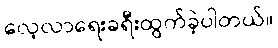
လေ့လာရေးခရီးထွက်ခဲ့ပါတယ်။